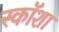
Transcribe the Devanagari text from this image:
स्कॉशा